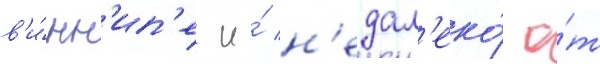
в'и́нн'ип'ег и́ н'едал'еко́ о́т